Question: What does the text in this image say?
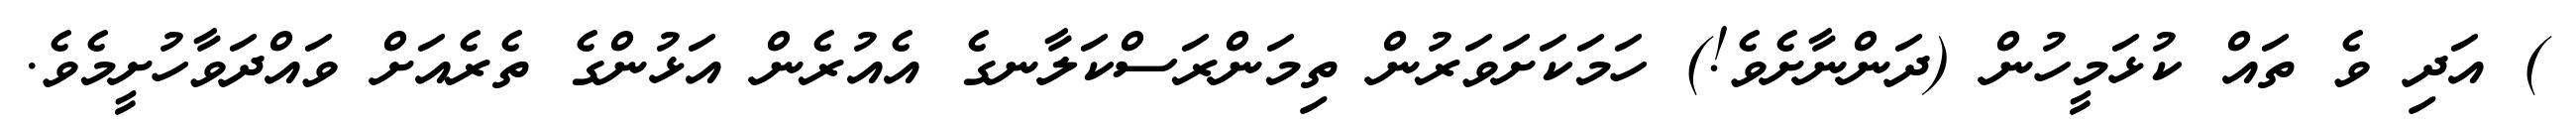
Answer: ) އަދި ވެ ތައް ކުޅަމީހުން (ދަންނާށެވެ!) ހަމަކަށަވަރުން ތިމަންރަސްކަލާނގެ އެއުރެން އަޅުންގެ ތެރެއަށް ވައްދަވާހުށީމެވެ.